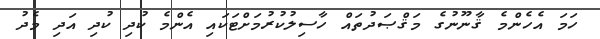
ހަމަ އެހެންމެ ޤާނޫނުގެ މަޤްޞަދުތައް ހާސިލުކުރުމަށްޓަކައި އެންމެ ކުދި ކުދި އަދި މެދު